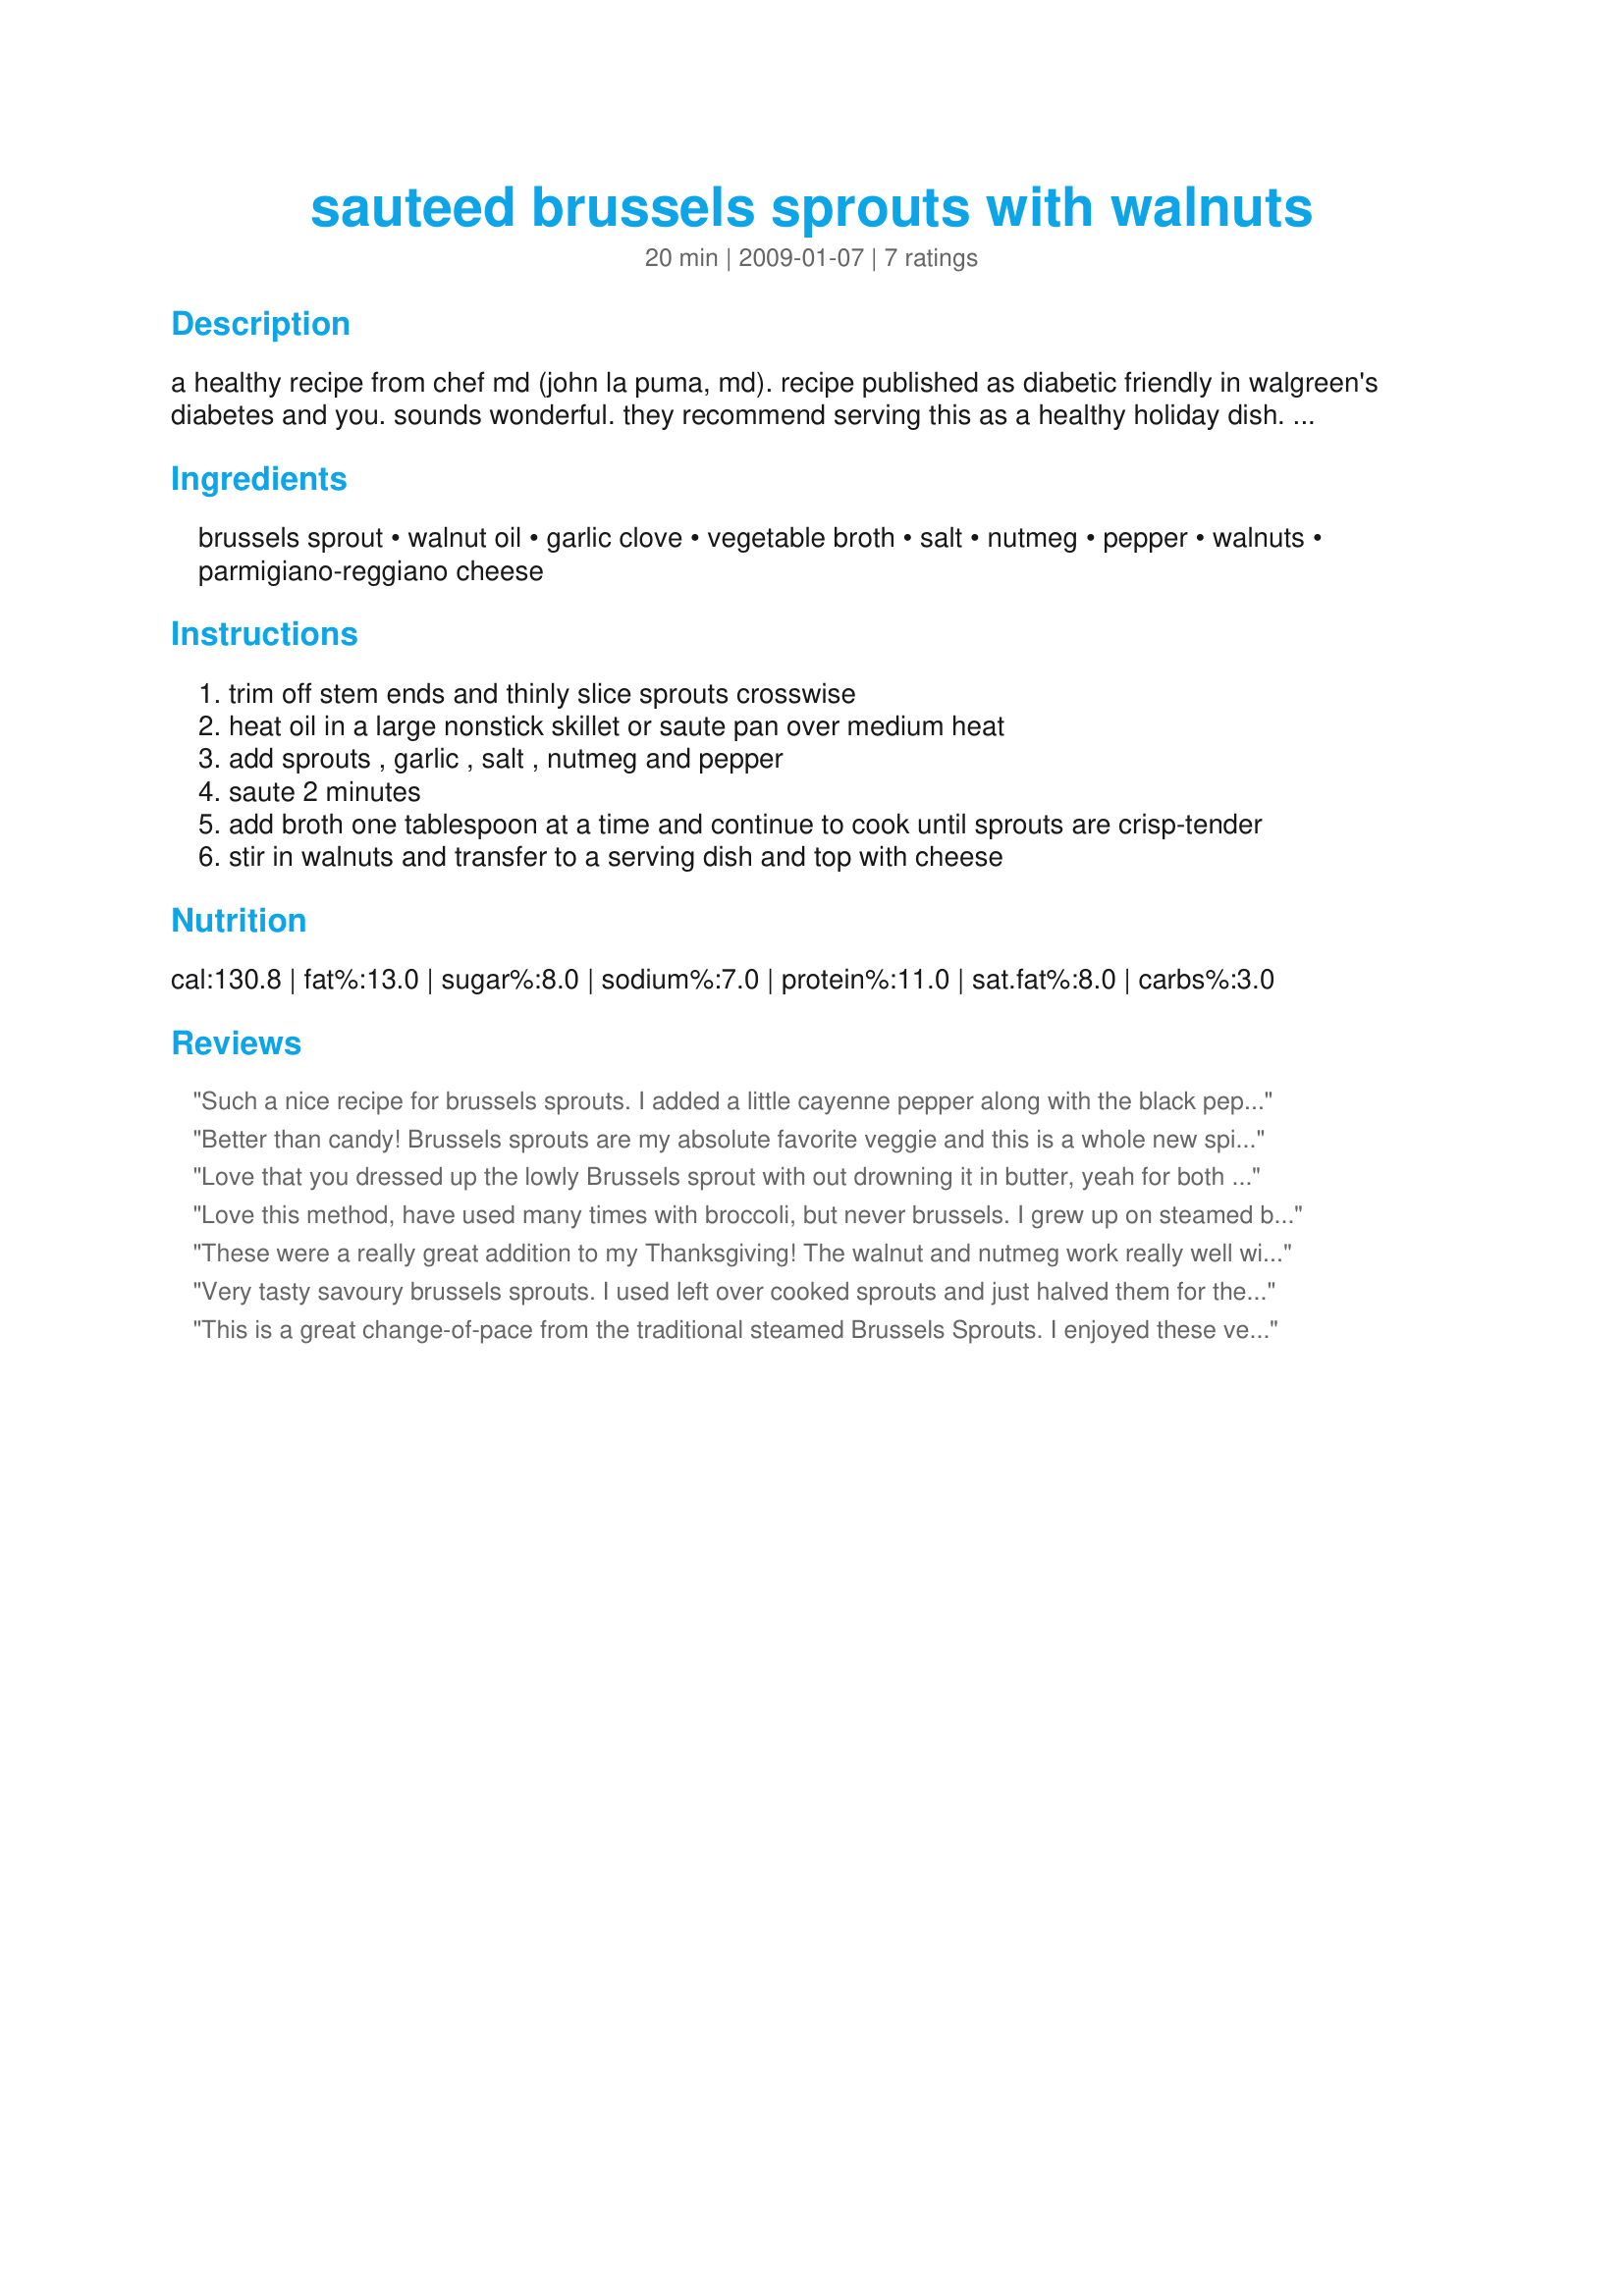
sauteed brussels sprouts with walnuts
Preparation time: 20 minutes

a healthy recipe from chef md (john la puma, md). recipe published as diabetic friendly in walgreen's diabetes and you. sounds wonderful. they recommend serving this as a healthy holiday dish. states dietary exchanges are 2 vegetables, 1 lean meat and 2 fats.

Ingredients:
brussels sprout, walnut oil, garlic clove, vegetable broth, salt, nutmeg, pepper, walnuts, parmigiano-reggiano cheese

Steps:
trim off stem ends and thinly slice sprouts crosswise
heat oil in a large nonstick skillet or saute pan over medium heat
add sprouts , garlic , salt , nutmeg and pepper
saute 2 minutes
add broth one tablespoon at a time and continue to cook until sprouts are crisp-tender
stir in walnuts and transfer to a serving dish and top with cheese

Reviews:
Such a nice recipe for brussels sprouts. I added a little cayenne pepper along with the black pepper. Will make this one again for sure!
Better than candy! Brussels sprouts are my absolute favorite veggie and this is a whole new spin on them. I loved the theme of "nutty" flavors right down to the nutmeg. The paresan cheese was the perfect garnish for these flavors. I made this just as written. Thanx for sharing!
Love that you dressed up the lowly Brussels sprout with out drowning it in butter, yeah for both you and the Brussels sprout. The nutmeg and garlic play in the back ground, while the Brussels sprouts, walnuts and parmigiano-reggiano cheese dance happily a crossed your tongue. And with such a performance how could your lips do any thing other then smile. Thanks so much for the post.
Love this method, have used many times with broccoli, but never brussels. I grew up on steamed brussels (yuk!), and due to that I never make them. This is such a refreshing change! I used walnut oil but didn't bother with the actual walnuts this time, and left out the parm. The other light flavours were perfect. If you're on the fence about trying this....you should!!!
These were a really great addition to my Thanksgiving! The walnut and nutmeg work really well with the flavor of the brussels sprouts, and this was pretty easy to prepare too. Thanks for sharing!
Very tasty savoury brussels sprouts. I used left over cooked sprouts and just halved them for the recipe. They certainly got new life again.
This is a great change-of-pace from the traditional steamed Brussels Sprouts. I enjoyed these very much. The toasted walnuts really accentuated the sweetness of the vegetables. Thanks for posting this.
